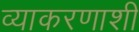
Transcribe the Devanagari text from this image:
व्याकरणाशी